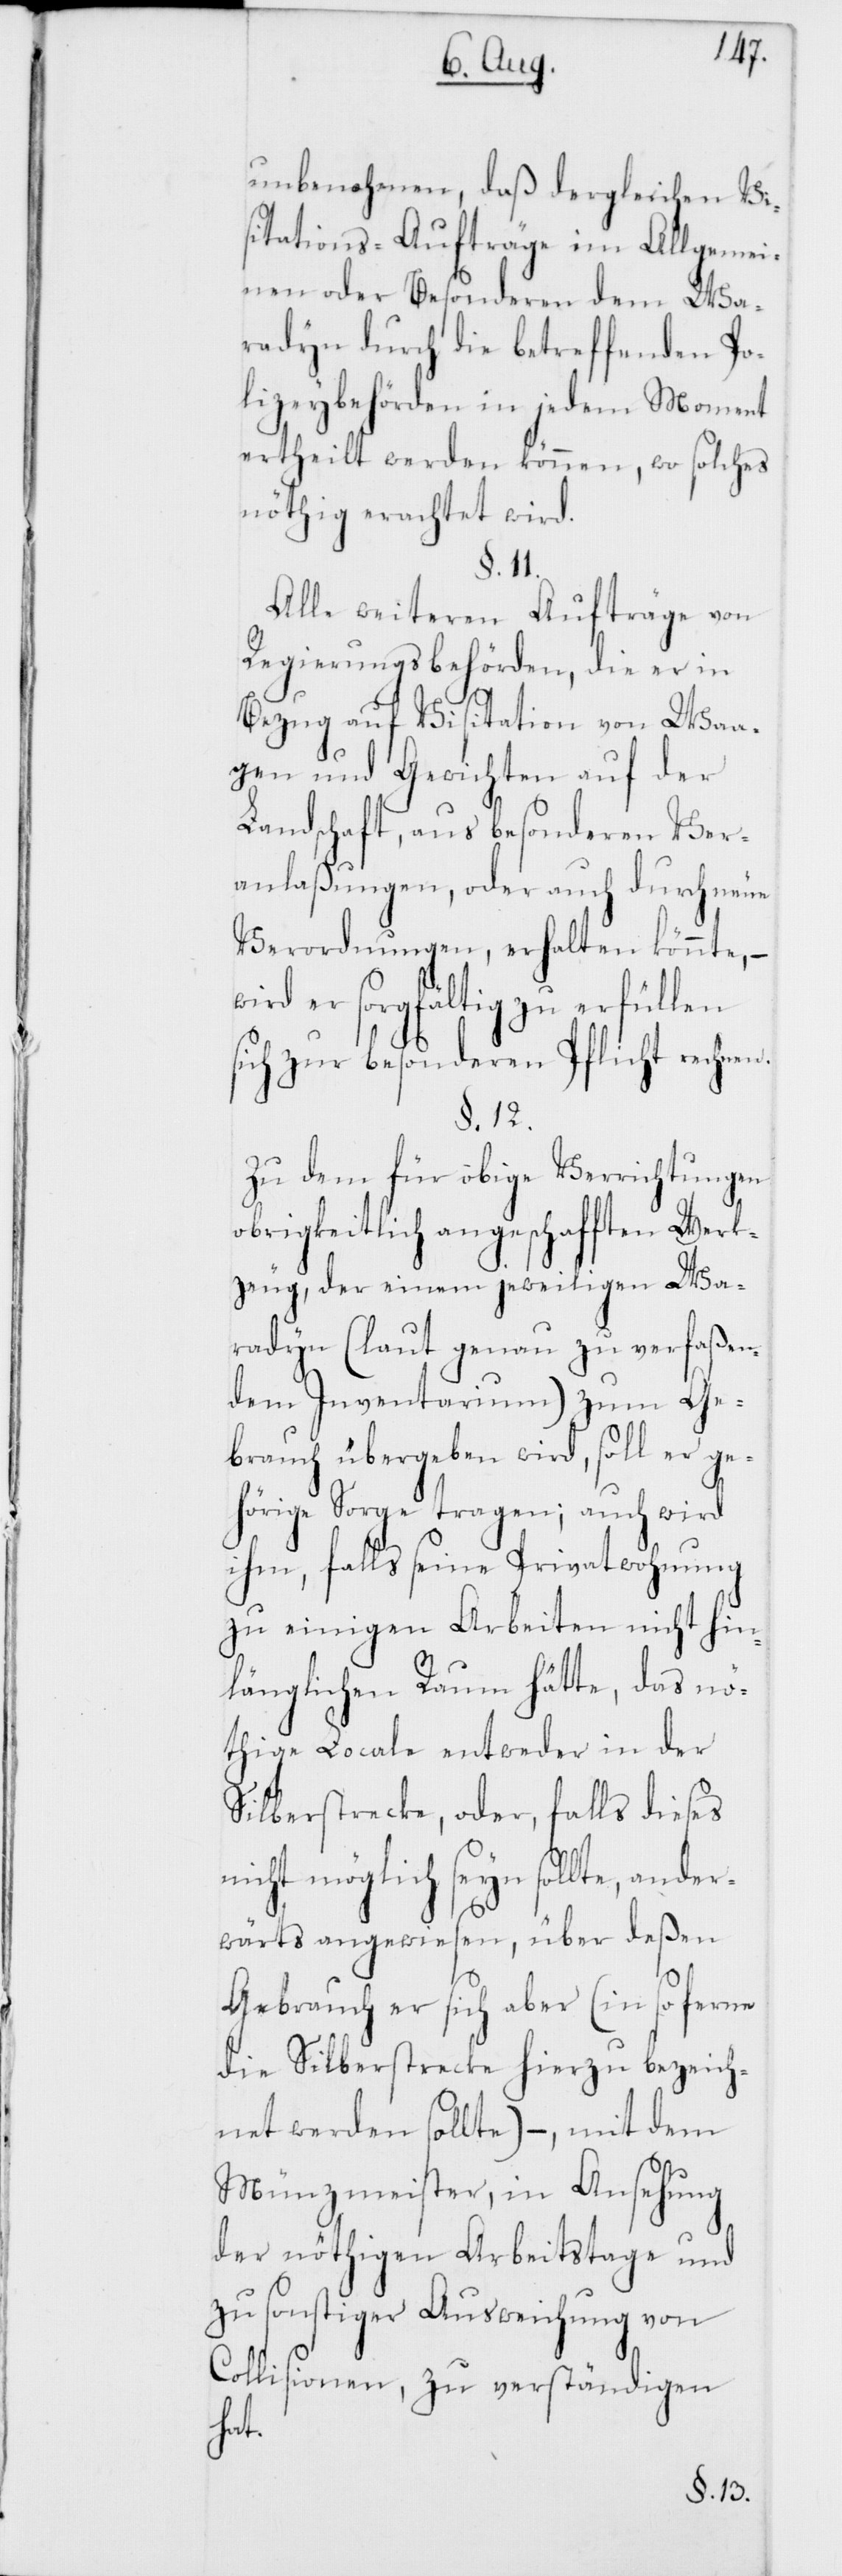
unbenohmen, daß dergleichen Vi¬
sitations-Aufträge im Allgemei¬
nen oder Besonderen dem Wa¬
radyn durch die betreffenden Po¬
lizeybehörden in jedem Moment
ertheilt werden können, wo solches
nöthig erachtet wird.
§. 11.
Alle weiteren Aufträge von
Regierungsbehörden, die er in
Bezug auf Visitation von Waa¬
gen und Gewichten auf der
Landschaft, aus besonderen Ver¬
anlaßungen, oder auch durch neue
Verordnungen, erhalten könnte, –
wird er sorgfältig zu erfüllen
sich zur besonderen Pflicht rechnen.
§. 12.
Zu dem für obige Verrichtungen
obrigkeitlich angeschafften Werk¬
zeug, der einen jeweiligen Wa¬
radyn (laut genau zu verfaßen¬
dem Inventarium) zum Ge¬
brauch übergeben wird, soll er ge¬
hörige Sorge tragen; auch wird
ihm, falls seine Privatwohnung
zu einigen Arbeiten nicht hin¬
länglichen Raum hätte, das nö¬
thige Locale entweder in der
Silberstrecke, oder, falls dieses
nicht möglich seyn sollte, ande¬
rwärts angewiesen, über deßen
Gebrauch er sich aber (in so ferne
die Silberstrecke hierzu bezeich¬
net werden sollte) –, mit dem
Münzmeister, in Ansehung
der nöthigen Arbeitstage und
zu sonstiger Ausweichung von
Collisionen, zu verständigen
hat.